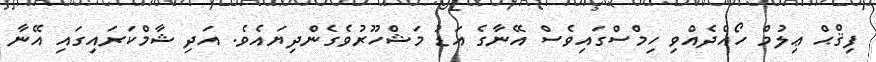
ފިޤްޙް ޢިލުމް ހޯއްދެއްވި ހިމްސްގައިވެސް އޭނާގެ އަޑު މަޝްހޫރުވެގެންދިޔައެވެ. އަދި ޝާމްކަރައިގައި އޭނާ